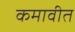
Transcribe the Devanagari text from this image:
कमावीत